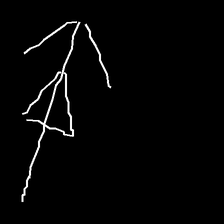
Glyph: pull